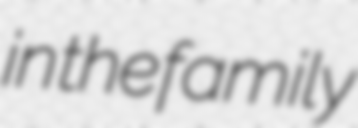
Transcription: in the family